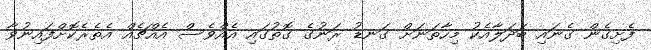
ފެށިގެން ގެނައި ބަދަލާއެކު މިހާތަނަށް ގަނޑު ރަނުގެ ގޮތުގައި އެއްވެސް އެއްޗެއް އެތެރެކޮށްފައިނުވާ